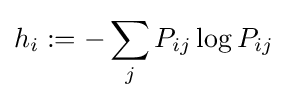
h_{i}:=-\sum _{j}P_{ij}\log P_{ij}